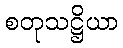
စတုသဋ္ဌိယာ